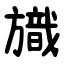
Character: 旘